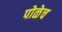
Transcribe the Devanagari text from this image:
पोळेच